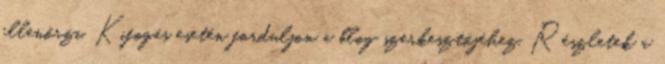
ellenőrzi. Kifogás esetén forduljon a blog szerkesztőjéhez. Részletek a